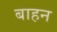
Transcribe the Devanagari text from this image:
बाहन